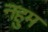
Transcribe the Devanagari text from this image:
नहुम